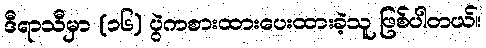
ဒီရာသီမှာ (၁၆) ပွဲကစားထားပေးထားခဲ့သူ ဖြစ်ပါတယ်။